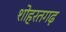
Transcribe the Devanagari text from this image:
शोहरतगढ़